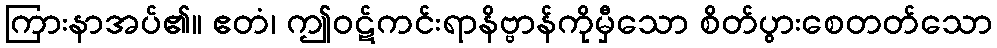
ကြားနာအပ်၏။ ဧတံ၊ ဤဝဋ်ကင်းရာနိဗ္ဗာန်ကိုမှီသော စိတ်ပွားစေတတ်သော